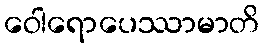
ဝေါရောပေဿာမာတိ